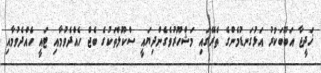
ޚަދީޖާ އަބޫބަކުރު އަޅުގަނޑުމެންގެ ތެރޭގައި މަޝްހޫރުވެގެންދިޔައީ ސްކޫލްތަކުގެ ބެޖް ހެއްދެވުމާއި ޓައީ ހެއްދެވުމާއި